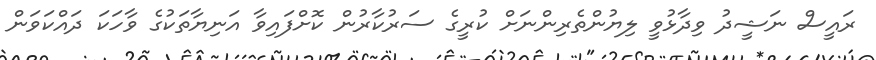
ރައީސް ނަޝީދު ވިދާޅުވީ ލިޔުންތެރިންނަށް ކުރީގެ ސަރުކާރުން ކޮށްފައިވާ އަނިޔާތަކުގެ ވާހަކަ ދައްކަވަން